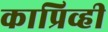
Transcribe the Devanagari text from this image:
काप्रिव्ही